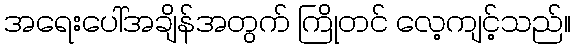
အရေးပေါ်အချိန်အတွက် ကြိုတင် လေ့ကျင့်သည်။